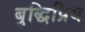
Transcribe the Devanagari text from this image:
बुद्धिप्रिय